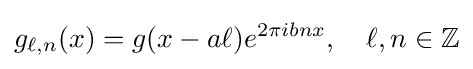
g_{\ell ,n}(x)=g(x-a\ell )e^{2\pi ibnx},\quad \ell ,n\in \mathbb {Z}